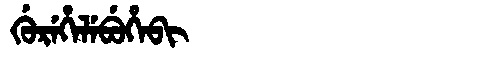
Manchu: ᡤᡠᡵᡝᡥᡝᠯᡝᠪᡠᡥᡝᠪᡳ
Romanization: GUREHELEBUHEBI